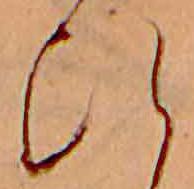
ひ